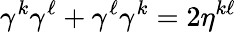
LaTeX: \gamma^{k}\gamma^{\ell}+\gamma^{\ell}\gamma^{k}=2\eta^{k\ell}